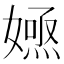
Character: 𡠮